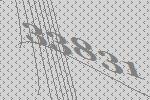
33831